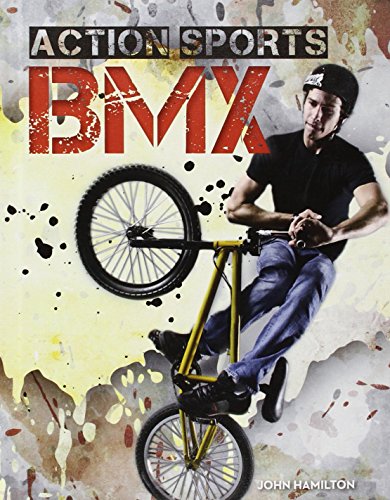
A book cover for BMX (Action Sports (Abdo)); John Hamilton; Children's Books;